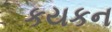
કયકન